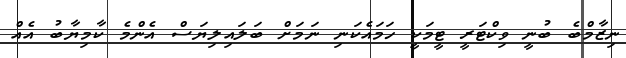
ނިޒާމްބެ ބުނީ ވިކްޓަރީ ޓީމަކީ ހަމައެކަނި ނަމަށް ބަލައިލިޔަސް އެންމެ ކާމިޔާބު އެއް